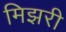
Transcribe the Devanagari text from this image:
मिझरी